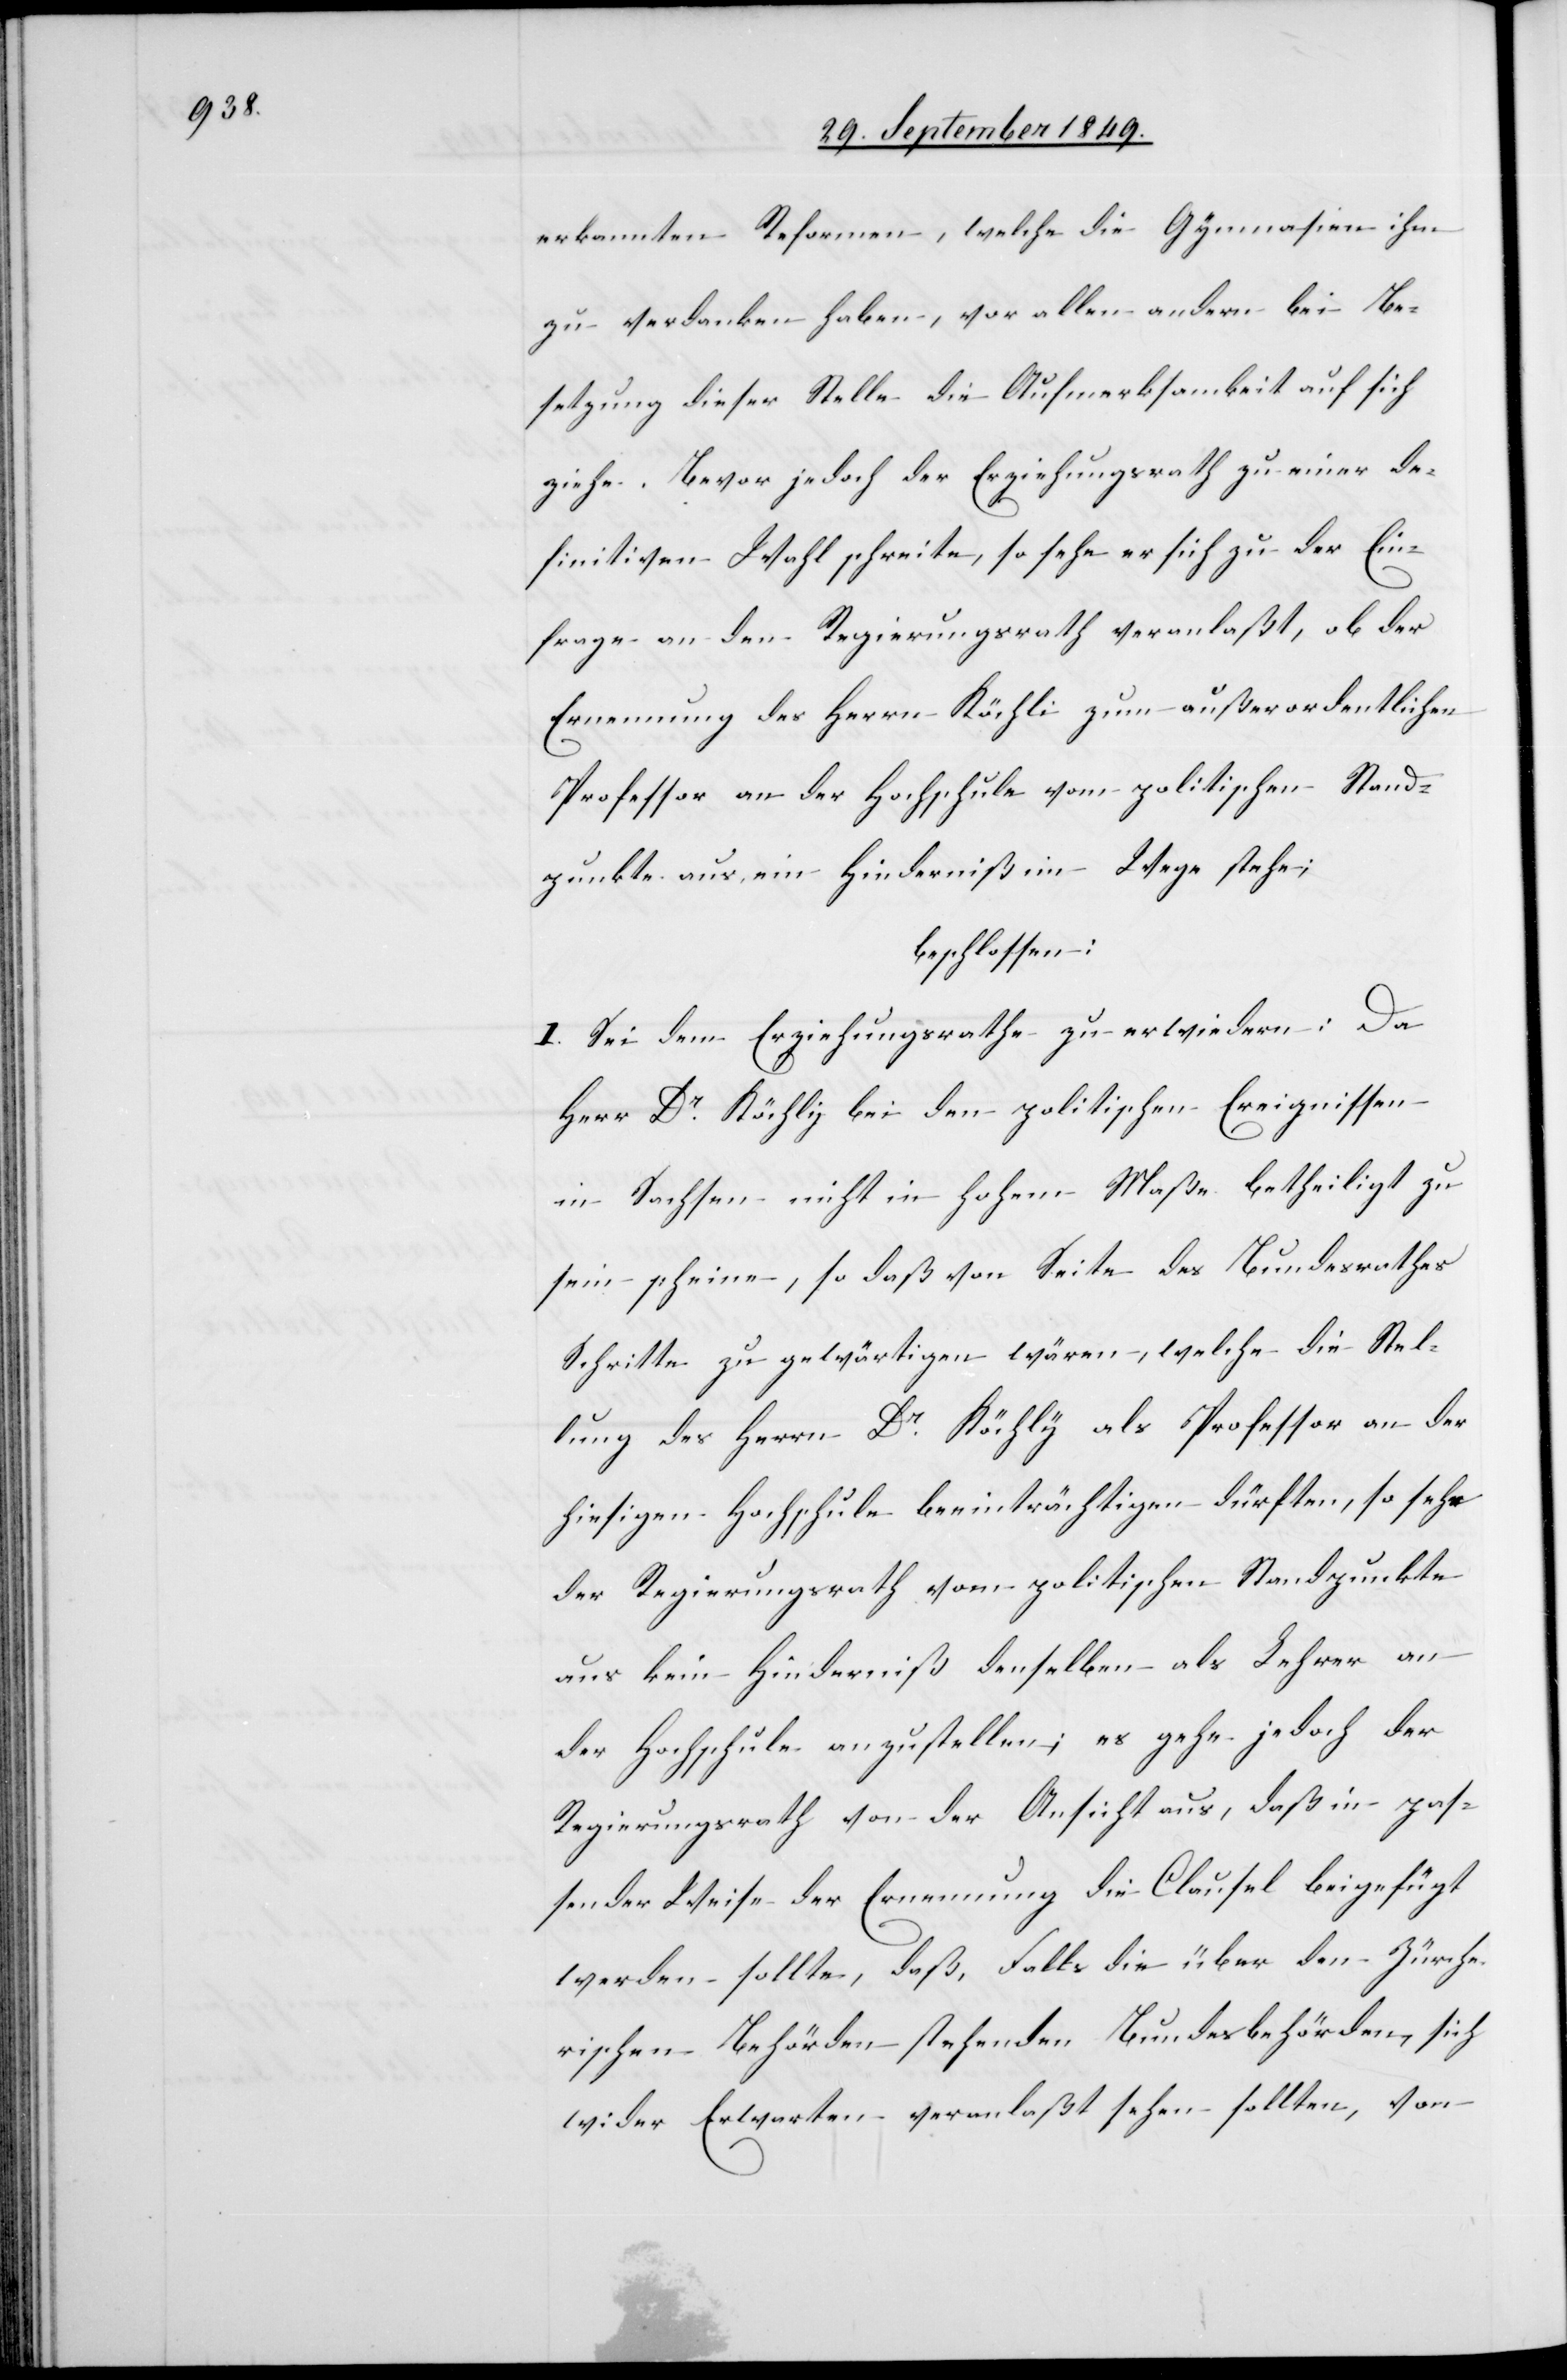
erkannten Reformen, welche die Gymnasien ihm
zu verdanken haben, vor allen andern bei Be¬
setzung dieser Stelle die Aufmerksamkeit auf sich
ziehe. Bevor jedoch der Erziehungsrath zu einer de¬
finitiven Wahl schreite, so sehe er sich zu der Ein¬
frage an den Regierungsrath veranlaßt, ob der
Ernennung des Herrn Köchli zum außerordentlichen
Professor an der Hochschule vom politischen Stand¬
punkte aus ein Hinderniß im Wege stehe;
beschlossen:
I. Sei dem Erziehungsrathe zu erwiedern: Da
Herr Dr Köchli bei den politischen Ereignissen
in Sachsen nicht in hohem Maße betheiligt zu
sein scheine, so daß von Seite des Bundesrathes
Schritte zu gewärtigen wären, welche die Stel¬
lung des Herrn Dr Köchly [sic!] als Professor an der
hiesigen Hochschule beeinträchtigen dürften, so sehe
der Regierungsrath vom politischen Standpunkte
aus kein Hinderniß denselben als Lehrer an
der Hochschule anzustellen; es gehe jedoch der
Regierungsrath von der Ansicht aus, daß in pas¬
sender Weise der Ernennung die Clausel beigefügt
werden sollte, daß, Falls die über den Zürche¬
rischen Behörden stehenden Bundesbehörden, sich
wider Erwarten veranlaßt sehen sollten, von